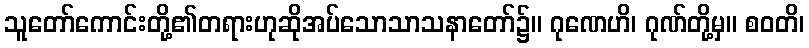
သူတော်ကောင်းတို့၏တရားဟုဆိုအပ်သောသာသနာတော်၌။ ဂုဏေဟိ၊ ဂုဏ်တို့မှ။ စဝတိ၊